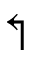
\Lsh